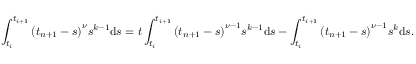
\int _ { t _ { i } } ^ { t _ { i + 1 } } { { { ( t _ { n + 1 } - s ) } ^ { \nu } } { { s } ^ { k - 1 } } \mathrm { d } s } = { t } \int _ { t _ { i } } ^ { t _ { i + 1 } } { { { ( t _ { n + 1 } - s ) } ^ { \nu - 1 } } { { s } ^ { k - 1 } } \mathrm { d } s } - \int _ { t _ { i } } ^ { t _ { i + 1 } } { { { ( t _ { n + 1 } - s ) } ^ { \nu - 1 } } { { s } ^ { k } } \mathrm { d } s } .